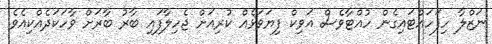
ނަޒްލާ ހިފަހައްޓައިގެން ހުއްޓާވެސް އަވިކް ފިޔަވަޅެއް ކުރިއަށް ޖެހިލާފައި ބާރު ބާރަށް ވާހަކަދެއްކިއެވެ.